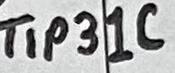
Text: TIP31C